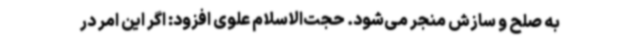
به صلح و سازش منجر می‌شود. حجت‌الاسلام علوی افزود: اگر این امر در